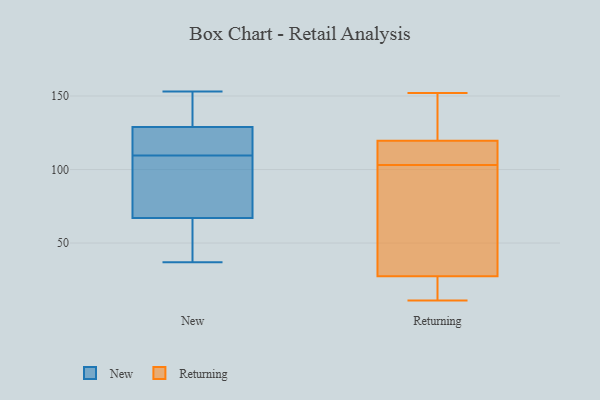
{"axis": {"x": "Headcount", "y": "Value"}, "legend": ["New", "Returning"], "data": [{"x": "", "y": 105, "type": "New"}, {"x": "", "y": 37, "type": "New"}, {"x": "", "y": 153, "type": "New"}, {"x": "", "y": 67, "type": "New"}, {"x": "", "y": 111, "type": "New"}, {"x": "", "y": 140, "type": "New"}, {"x": "", "y": 129, "type": "New"}, {"x": "", "y": 118, "type": "New"}, {"x": "", "y": 41, "type": "New"}, {"x": "", "y": 108, "type": "New"}, {"x": "", "y": 111, "type": "Returning"}, {"x": "", "y": 14, "type": "Returning"}, {"x": "", "y": 113, "type": "Returning"}, {"x": "", "y": 95, "type": "Returning"}, {"x": "", "y": 20, "type": "Returning"}, {"x": "", "y": 11, "type": "Returning"}, {"x": "", "y": 115, "type": "Returning"}, {"x": "", "y": 131, "type": "Returning"}, {"x": "", "y": 85, "type": "Returning"}, {"x": "", "y": 12, "type": "Returning"}, {"x": "", "y": 35, "type": "Returning"}, {"x": "", "y": 150, "type": "Returning"}, {"x": "", "y": 124, "type": "Returning"}, {"x": "", "y": 114, "type": "Returning"}, {"x": "", "y": 39, "type": "Returning"}, {"x": "", "y": 152, "type": "Returning"}]}